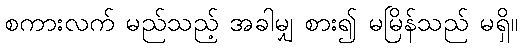
စကားလက် မည်သည့် အခါမျှ စား၍ မမြိန်သည် မရှိ။